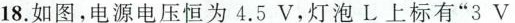
18.如图，电源电压恒为4.5V，灯泡L上标有”3V